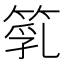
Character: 𥯇